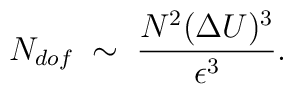
N_{dof}\;\sim\;\frac{N^{2}(\Delta U)^{3}}{\epsilon^{3}}.